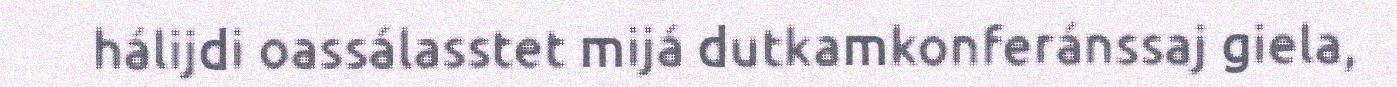
hálijdi oassálasstet mijá dutkamkonferánssaj giela,